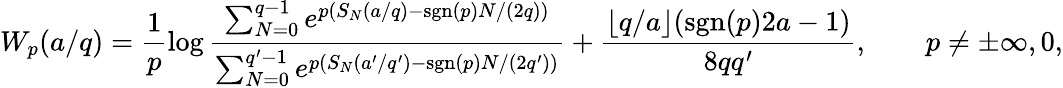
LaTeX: W_{p}(a/q)=\frac{1}{p}\log\frac{\sum_{N=0}^{q-1}e^{p(S_{N}(a/q)-\mathrm{sgn}(p)N/(2q))}}{\sum_{N=0}^{q^{\prime}-1}e^{p(S_{N}(a^{\prime}/q^{\prime})-\mathrm{sgn}(p)N/(2q^{\prime}))}}+\frac{\lfloor q/a\rfloor(\mathrm{sgn}(p)2a-1)}{8qq^{\prime}},\qquad p\neq\pm\infty,0,